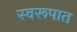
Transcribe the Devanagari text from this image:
स्‍वरूपात